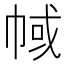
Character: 𢃎